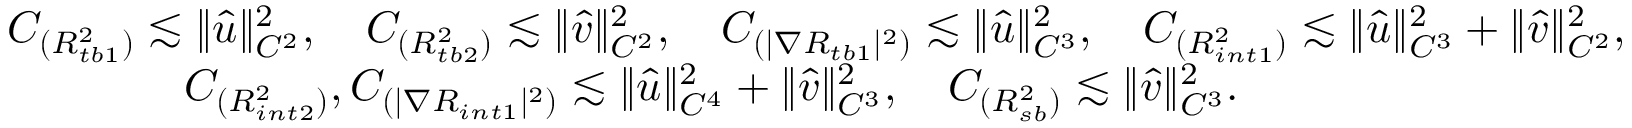
\begin{array} { r l } & { C _ { ( { R _ { t b 1 } ^ { 2 } } ) } \lesssim \| \hat { u } \| _ { C ^ { 2 } } ^ { 2 } , \quad C _ { ( { R _ { t b 2 } ^ { 2 } } ) } \lesssim \| \hat { v } \| _ { C ^ { 2 } } ^ { 2 } , \quad C _ { ( | \nabla R _ { t b 1 } | ^ { 2 } ) } \lesssim \| \hat { u } \| _ { C ^ { 3 } } ^ { 2 } , \quad C _ { ( { R _ { i n t 1 } ^ { 2 } } ) } \lesssim \| \hat { u } \| _ { C ^ { 3 } } ^ { 2 } + \| \hat { v } \| _ { C ^ { 2 } } ^ { 2 } , } \\ & { \qquad \qquad C _ { ( { R _ { i n t 2 } ^ { 2 } } ) } , C _ { ( | \nabla R _ { i n t 1 } | ^ { 2 } ) } \lesssim \| \hat { u } \| _ { C ^ { 4 } } ^ { 2 } + \| \hat { v } \| _ { C ^ { 3 } } ^ { 2 } , \quad C _ { ( { R _ { s b } ^ { 2 } } ) } \lesssim \| \hat { v } \| _ { C ^ { 3 } } ^ { 2 } . } \end{array}